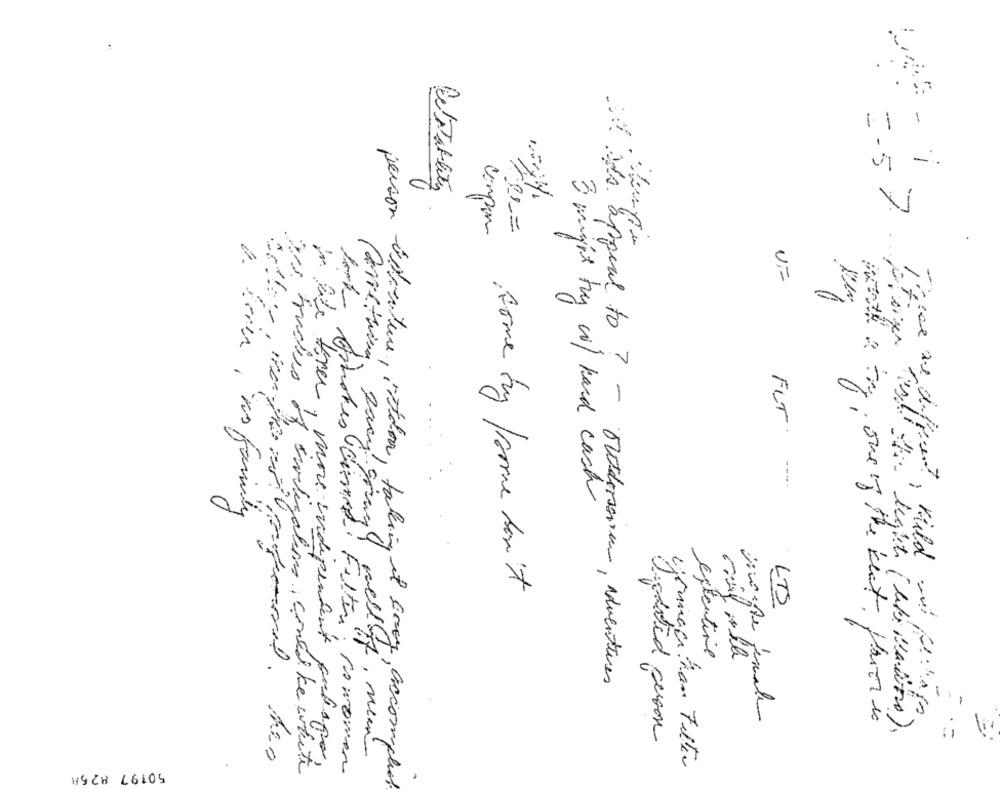
25 -
-
Reliability
2.5%
compon
UF
FUT
pesce De different,
3 might ty co/ hard cash
some by froome don't
LTS
extentine
il y's appeal to ? - outdersin, adventures
J; one of the beat Honor is
, mean
'in the former, more indipendent pulisco,
jonnacitron Filter
50197 8258
Des buches of suligating, could be white
Chokes med: Filter" Nowomen
person oderture, vidoor, taking it savy, accomplie